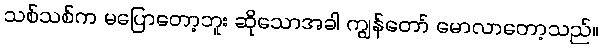
သစ်သစ်က မပြောတော့ဘူး ဆိုသောအခါ ကျွန်တော် မောလာတော့သည်။